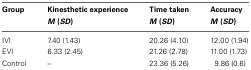
<table><thead><tr><td><b>Group</b></td><td><b>Kinesthetic experience <i>M</i> (<i>SD</i>)</b></td><td><b>Time taken <i>M</i> (<i>SD</i>)</b></td><td><b>Accuracy <i>M</i> (<i>SD</i>)</b></td></tr></thead><tbody><tr><td>IVI</td><td>7.40 (1.43)</td><td>20.26 (4.10)</td><td>12.00 (1.94)</td></tr><tr><td>EVI</td><td>6.33 (2.45)</td><td>21.26 (2.78)</td><td>11.00 (1.73)</td></tr><tr><td>Control</td><td>–</td><td>23.36 (5.26)</td><td>9.86 (0.6)</td></tr></tbody></table>